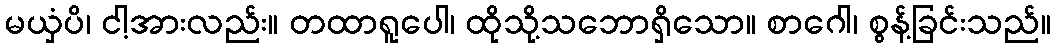
မယှံပိ၊ ငါ့အားလည်း။ တထာရူပေါ၊ ထိုသို့သဘောရှိသော။ စာဂေါ၊ စွန့်ခြင်းသည်။